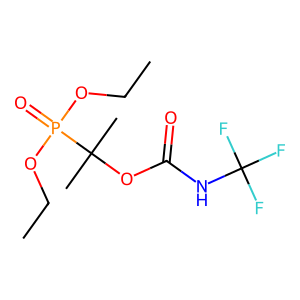
SMILES: CCOP(=O)(OCC)C(C)(C)OC(=O)NC(F)(F)F
Inhibits HIV replication: No